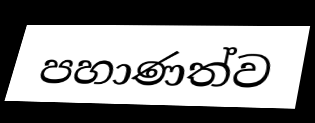
පහාණත්ව